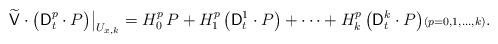
LaTeX: \begin{align*} \widetilde{\mathsf{V}} \cdot \big( \mathsf{D}_{t}^{p} \cdot P \big) \big\vert_{U_{x,k}} = H_{0}^{p}\,P + H_{1}^{p}\, \big(\mathsf{D}_{t}^{1}\cdot P\big) + \dotsb + H_{k}^{p}\, \big(\mathsf{D}_{t}^{k}\cdot P\big) {\scriptstyle(p=0,1,\dotsc,k)}.\end{align*}